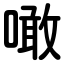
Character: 噉